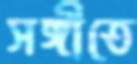
সঙ্গীতে